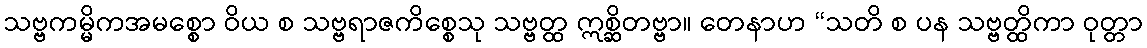
သဗ္ဗကမ္မိကအမစ္စော ဝိယ စ သဗ္ဗရာဇကိစ္စေသု သဗ္ဗတ္ထ ဣစ္ဆိတဗ္ဗာ။ တေနာဟ “သတိ စ ပန သဗ္ဗတ္ထိကာ ဝုတ္တာ